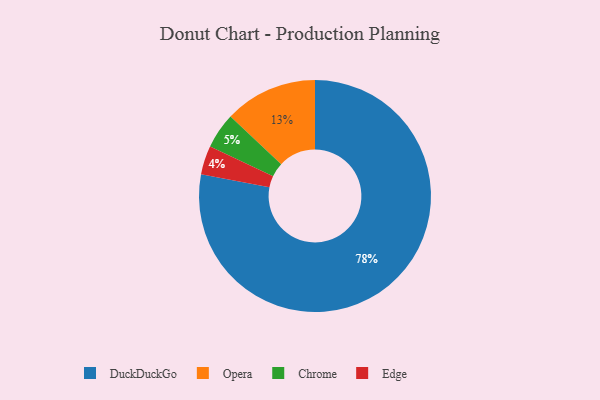
{"axis": {"x": "Category", "y": "Percentage"}, "legend": ["Chrome", "DuckDuckGo", "Edge", "Opera"], "data": [{"x": "Opera", "y": 13, "type": "Opera"}, {"x": "Edge", "y": 4, "type": "Edge"}, {"x": "DuckDuckGo", "y": 78, "type": "DuckDuckGo"}, {"x": "Chrome", "y": 5, "type": "Chrome"}]}